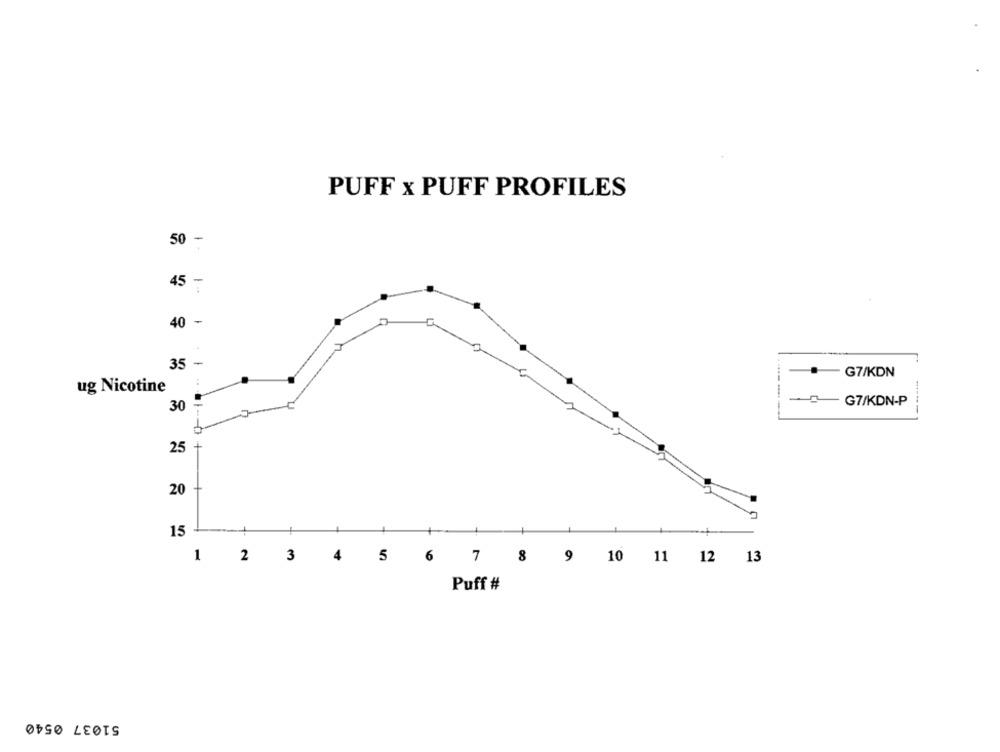
PUFF x PUFF PROFILES
50
1-
45 -
40
-
35
G7/KDN
ug Nicotine
---
-
-G7/KDN-P
30
25 +
20
15
1 2 3 4 5
6
7 8 9 10 11 12 13
Puff #
51037 0540